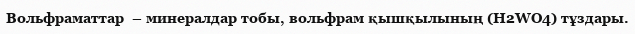
Вольфраматтар  – минералдар тобы, вольфрам қышқылының (H2WO4) тұздары.